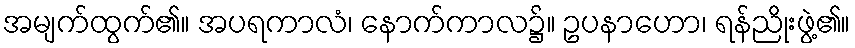
အမျက်ထွက်၏။ အပရကာလံ၊ နောက်ကာလ၌။ ဥပနာဟော၊ ရန်ညိုးဖွဲ့၏။